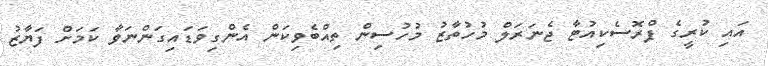
އައި ކުރީގެ ޕްރޮސެކިއުޓާ ޖެނަރަލް މުހުތާޒު މުހުސިން ތިއްބެވިކަން އެންގިވަޑައިގަންނަވާ ކަމަށް ފަޔާޒު